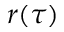
r ( \tau )